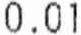
0.01